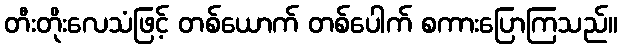
တီးတိုးလေသံဖြင့် တစ်ယောက် တစ်ပေါက် စကားပြောကြသည်။